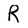
Character: R